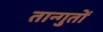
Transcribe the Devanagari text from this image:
तान्गुतों